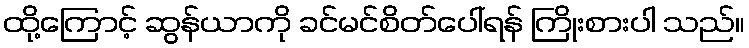
ထို့ကြောင့် ဆွန်ယာကို ခင်မင်စိတ်ပေါ်ရန် ကြိုးစားပါ သည်။